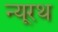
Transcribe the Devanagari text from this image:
न्यूरथ